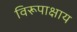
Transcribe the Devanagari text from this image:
विरूपाक्षाय